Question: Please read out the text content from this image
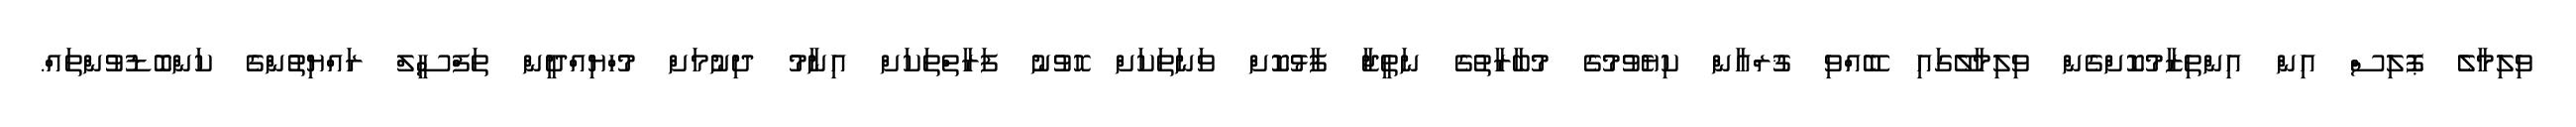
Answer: ވިލިމާލެ ޕޮލިސް އިން އިންތިޒާމުކޮށްގެން ވިލިމާލޭގައި ބޭއްވި ޤުރްއާން ކިޔެވުމުގެ މުބާރާތުގެ ނަތީޖާ ފާޅުކޮށް ވަނަތަކަށް ހޮވުނު ފަރާތްތަކަށް އިނާމު ދިނުމަށް މުހްޔިއްދީން ތަފްސީލް ރައްޔިތުންގެ ކަންބޮޑުވުންތައް.